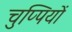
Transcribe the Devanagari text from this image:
चुप्पियों